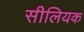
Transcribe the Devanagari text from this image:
सीलियक